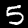
Label: 5